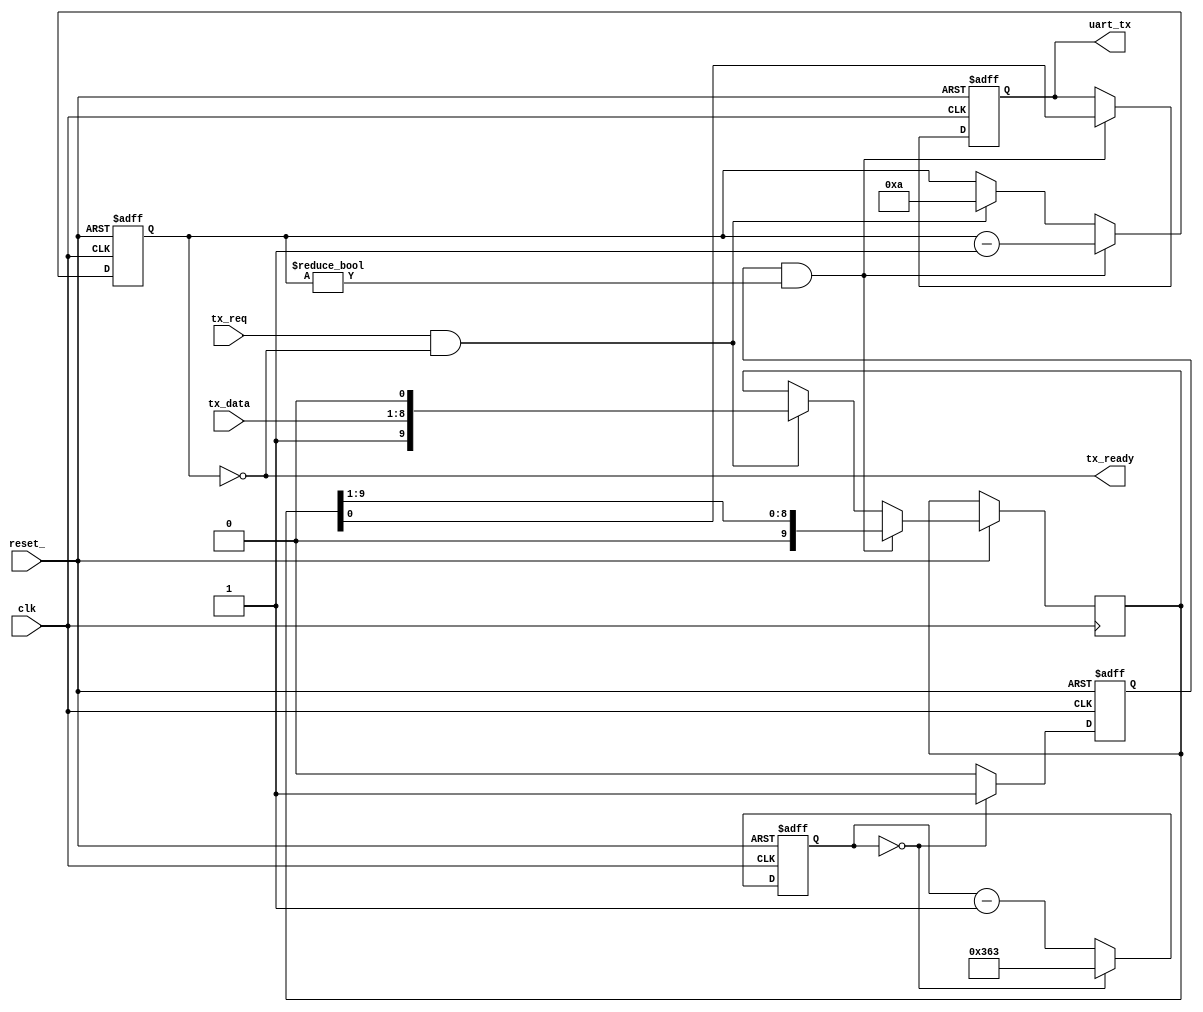

module uart_tx
    (
    input           clk, 
    input           reset_, 
    input           tx_req,
    output          tx_ready,
    input [7:0]     tx_data,
    output reg      uart_tx
    );

    parameter MAIN_CLK      = 100000000;
    parameter BAUD          = 115200;

    localparam BAUD_DIVIDE  = MAIN_CLK/BAUD;

    reg [$clog2(BAUD_DIVIDE)-1:0]    baud_cntr;
    reg         baud_tick;

    always @(posedge clk or negedge reset_) begin

        if (!reset_) begin
            baud_cntr     <= 4'd0;
            baud_tick     <= 1'b0;
        end
        else begin
            baud_tick     <= 1'b0;

            if (baud_cntr == 4'd0) begin
                baud_cntr     <= BAUD_DIVIDE-1;
                baud_tick     <= 1'b1;
            end
            else begin
                baud_cntr     <= baud_cntr - 1'd1;
            end
        end
    end

    reg [3:0]   tx_bit_cntr;
    reg [9:0]   tx_shift_reg;

    always @(posedge clk or negedge reset_) begin

        if (!reset_) begin
            tx_bit_cntr     <= 0;
            uart_tx         <= 1'b1;
        end
        else begin
            if (tx_req && tx_bit_cntr == 0) begin
`ifndef SYNTHESIS
                $display("%m: Send Character '%c'", tx_data);
`endif
                tx_shift_reg        <= { 1'b1, tx_data, 1'b0 };
                tx_bit_cntr         <= 4'd10;
            end

            if (baud_tick && tx_bit_cntr != 0) begin
                uart_tx         <= tx_shift_reg[0];
                tx_shift_reg    <= { 1'b0, tx_shift_reg[9:1] };
                tx_bit_cntr     <= tx_bit_cntr - 1'd1;
            end

        end
    end

    assign tx_ready     = (tx_bit_cntr == 4'd0);

endmodule